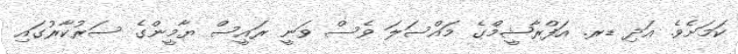
ކަމަށެވެ. އަދި ޑރ. އަފްރާޝީމްގެ މައްސަލަ ވެސް ވަނީ ރައީސް ޔާމީންގެ ސަރުކާރުގައި